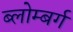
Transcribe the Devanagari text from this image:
ब्लोम्बर्ग